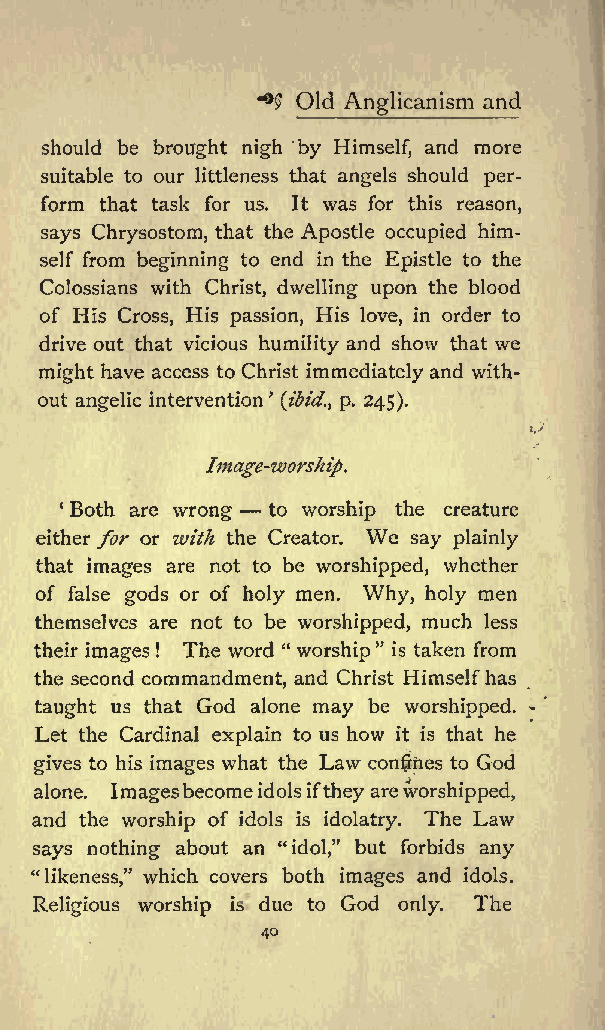
^
 Old         and
 Anglicanism
 should be brought nigh by Himself, and more
 suitable to our littleness that angels should per
 form that task for us. It was for this reason,
 says Chrysostom, that the Apostle occupied him
 self from beginning to end in the Epistle to the
 Colossians with Christ, dwelling upon the blood
 of His Cross, His passion, His love, in order to
 drive out that vicious humility and show that we
 might have access to Christ immediately and with
 out angelic intervention (ibid., p. 245).
 Image-worship.
 1 Both are wrong to worship the creature
 We
 either for or with the Creator. say plainly
 that images are not to be worshipped, whether
 of false gods or of holy men. Why, holy men
 themselves are not to be worshipped, much less
 their images ! The word &quot; worship&quot; is taken from
 the second commandment, and Christ Himselfhas
 taught us that God alone may be worshipped.
 Let the Cardinal explain to us how it is that he
 gives to his images what the Law confines to God
 alone. Imagesbecomeidolsifthey areworshipped,
 and the worship of idols is idolatry. The Law
 says nothing about an &quot;idol,&quot; but forbids any
 which covers both images and idols.
 &quot;likeness,&quot;
 Religious worship is due to God only. The
 4o